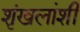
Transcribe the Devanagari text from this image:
शृंखलांशी